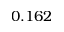
0 . 1 6 2